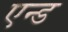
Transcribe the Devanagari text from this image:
एन्‍ड